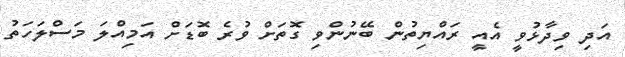
އަދި ވިދާޅުވީ އެއީ ރައްޔިތުން ބޭނުންވި ގޮތަށް ވުރެ ބޮޑަށް އަމިއްލަ މަސްލަހަތު